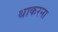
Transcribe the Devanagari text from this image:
थाकरना